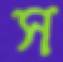
স